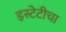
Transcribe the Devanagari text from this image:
इस्टेटीचा